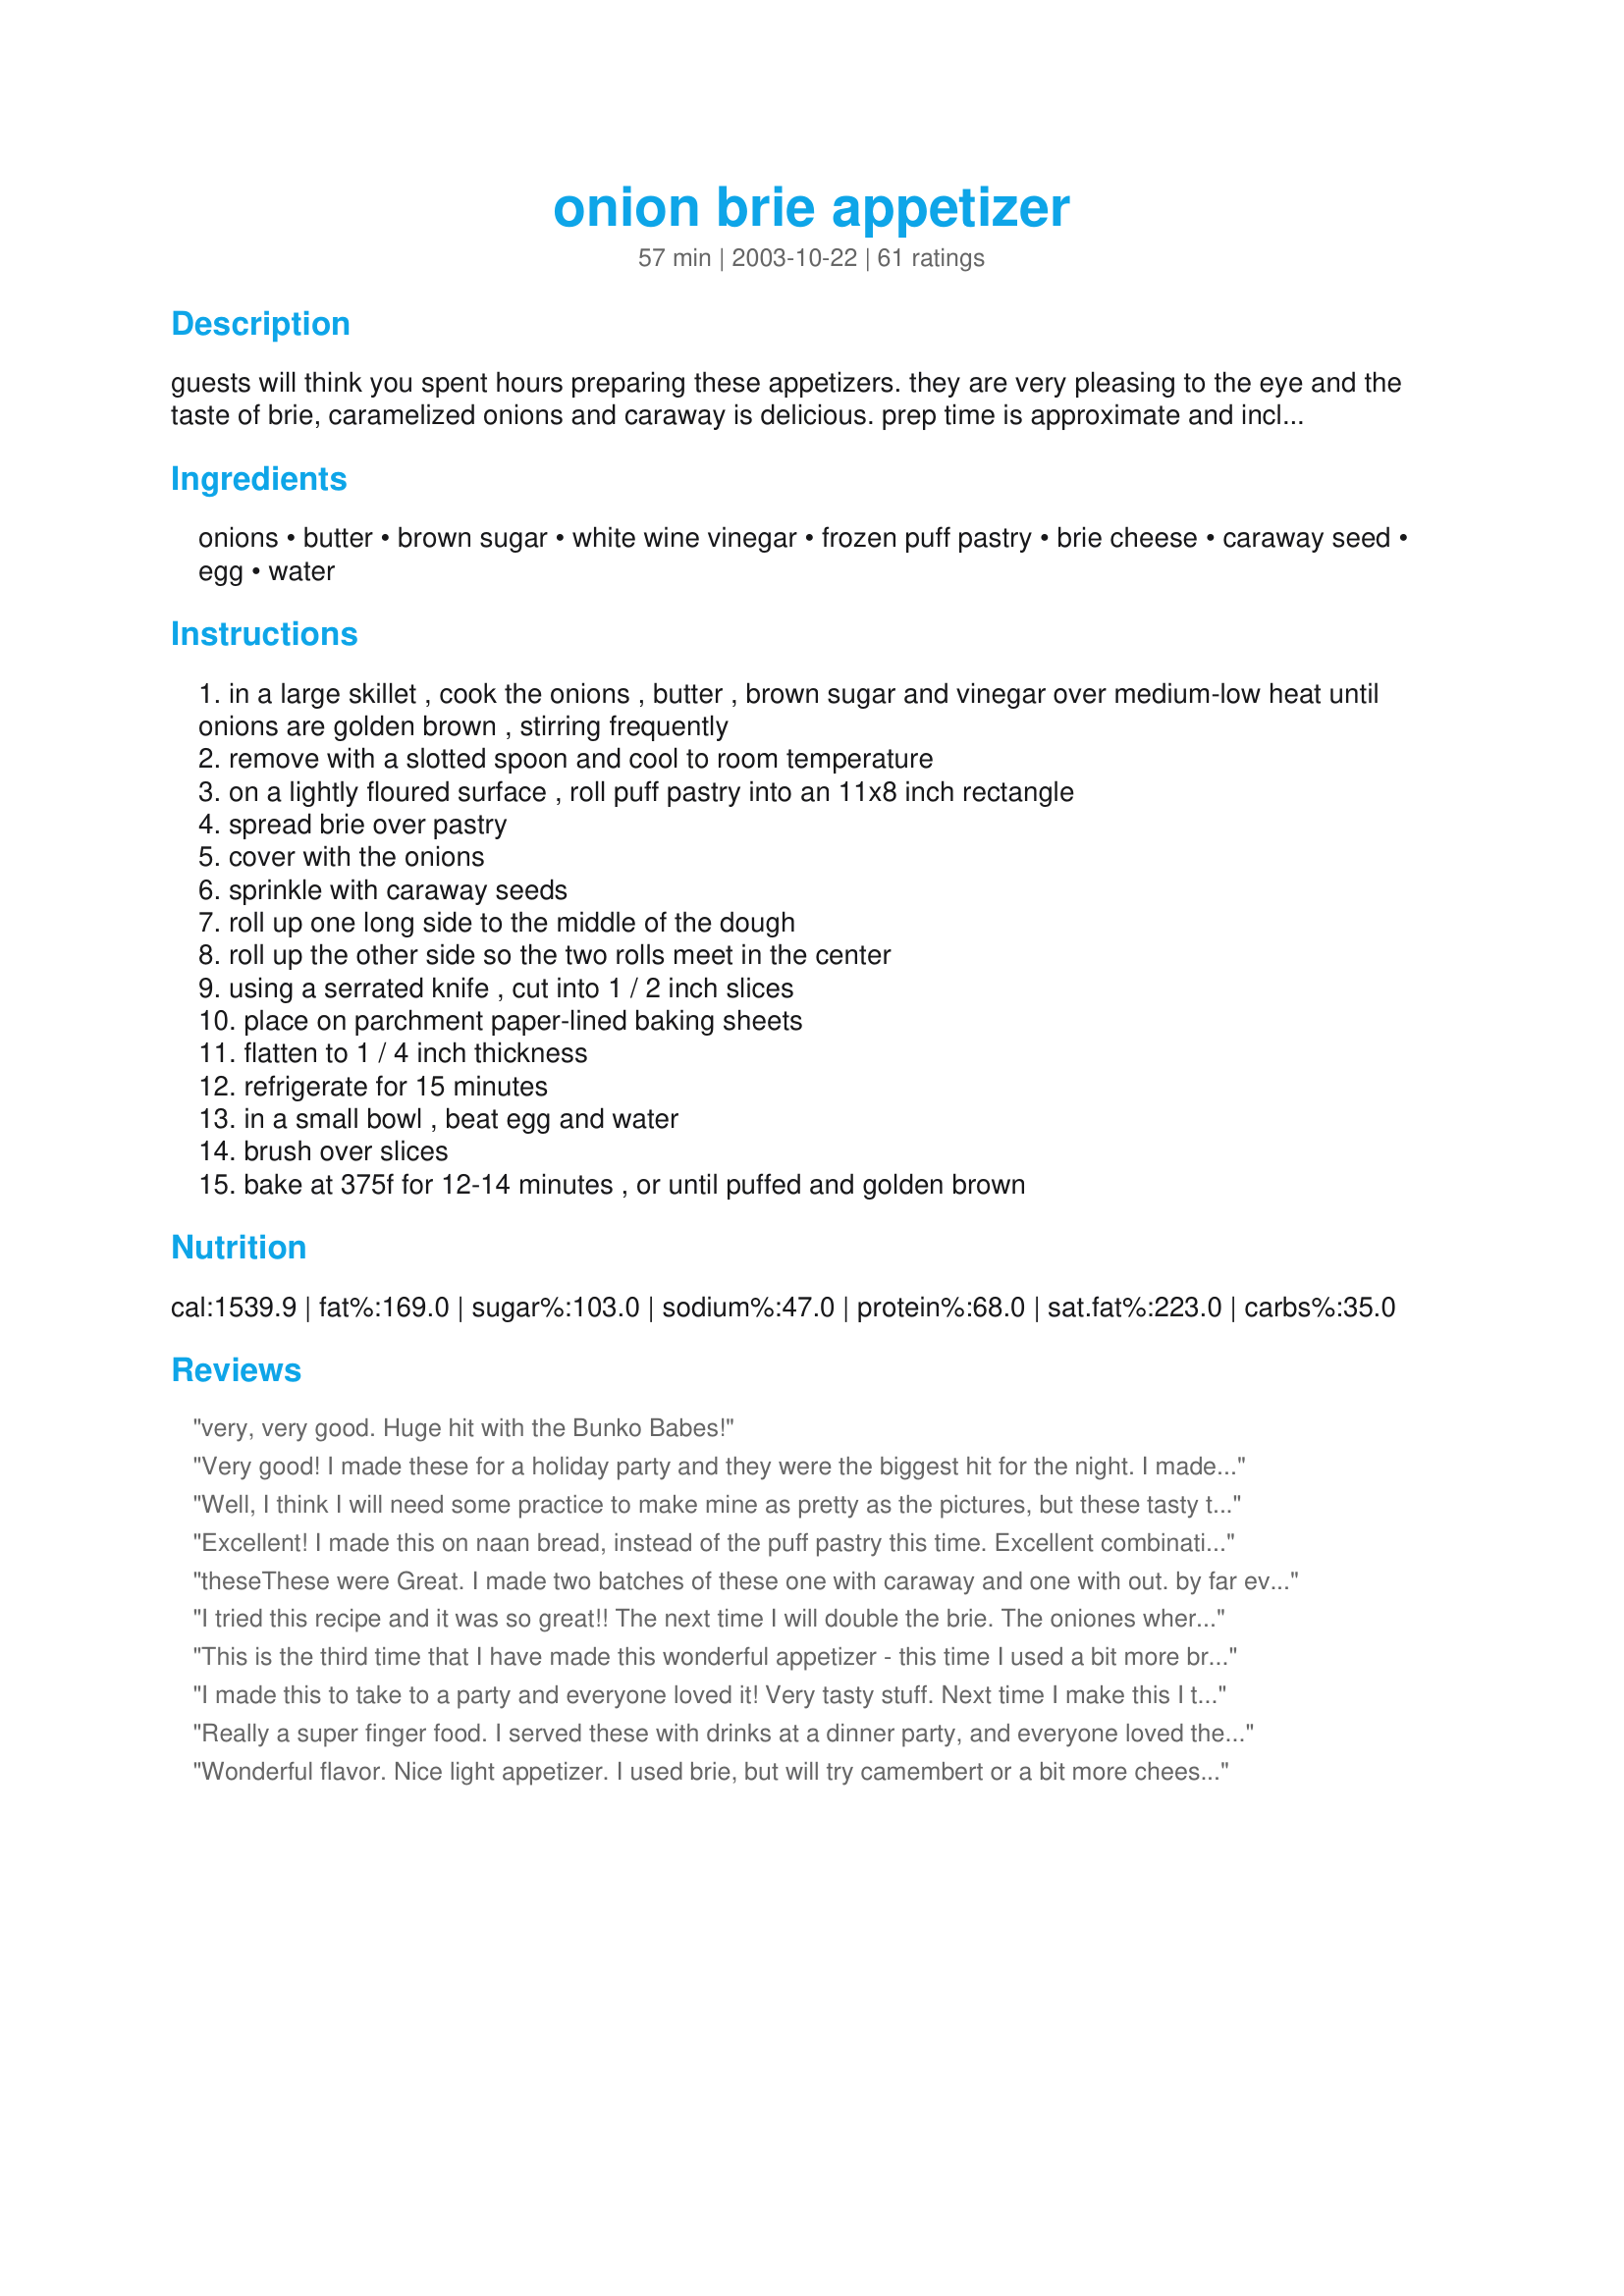
onion brie appetizer
Preparation time: 57 minutes

guests will think you spent hours preparing these appetizers. they are very pleasing to the eye and the taste of brie, caramelized onions and caraway is delicious. prep time is approximate and includes the 15 minute chill time.

Ingredients:
onions, butter, brown sugar, white wine vinegar, frozen puff pastry, brie cheese, caraway seed, egg, water

Steps:
in a large skillet , cook the onions , butter , brown sugar and vinegar over medium-low heat until onions are golden brown , stirring frequently
remove with a slotted spoon and cool to room temperature
on a lightly floured surface , roll puff pastry into an 11x8 inch rectangle
spread brie over pastry
cover with the onions
sprinkle with caraway seeds
roll up one long side to the middle of the dough
roll up the other side so the two rolls meet in the center
using a serrated knife , cut into 1 / 2 inch slices
place on parchment paper-lined baking sheets
flatten to 1 / 4 inch thickness
refrigerate for 15 minutes
in a small bowl , beat egg and water
brush over slices
bake at 375f for 12-14 minutes , or until puffed and golden brown

Reviews:
very, very good. Huge hit with the Bunko Babes!
Very good! I made these for a holiday party and they were the biggest hit for the night. I made up the rolls and kept them in the refrigerator so I could make fresh batches throughout the night. My one hint is to make sure and roll it up tight, otherwise they fall apart.
Well, I think I will need some practice to make mine as pretty as the pictures, but these tasty tarts are sure to please. Very versatile in that it would fit right in at a casual get together or a more elegant dinner. Thank you so much for sharing this!
Excellent! I made this on naan bread, instead of the puff pastry this time. Excellent combination of flavors. Everyone raved!
these<br/><br/><br/><br/>These were Great. I made two batches of these one with caraway and one with out. by far everyone liked the one with the caraway. I soften the brie in the microwave to make it spreadable.I also made these ahead of time. sliced them and froze them on a cookie sheet and then popped them into a freezer bag, so they are ready when I have guest drop in. Thanks again
I tried this recipe and it was so great!! The next time I will double the brie. The oniones where very sweet . My boyfrined thought I took all day to make them he ate the whole plate. I will be using this again.

This is the third time that I have made this wonderful appetizer - this time I used a bit more brie and again used a full pkg of Puff Pastry (295 gram) The brie, even when soft, is a bit difficult to spread so I chop it in little bits and distribute it evenly - My friends ALL enjoy this recipe5 Aug 06

As you said people will think you spent hours preparing this wonderful appeitizer - I knew we would like it so I doubled the recipe - I used a 295 gram pkg of puff pastry (this is the size that has 2 blocks in it.), 3 good sized onions, 3 tbsps of brown sugar, 1 tsp rice wine vinegar,Two 175Gram of Camembert - be generous with the caraway. I have 3 dozen going into my freezer. It is so easy, so attractive and so good Thanks Keen5 â€” Added comments - I made these again and this time I left them slightly under baked so when they are defrosted and baked they will be a perfect color. Another hint leave space between them so the heat can get between them as they puff & bake -This recipe is a regular for my Christmas appetizers Thanks again Keen5
I made this to take to a party and everyone loved it! Very tasty stuff. Next time I make this I think I will cut the dough in half and roll up and then slice and flatten so they are smaller bite sized pieces. All in all though this is a really impressive dish to make with great flavor. Great recipe keen5!
Really a super finger food. I served these with drinks at a dinner party, and everyone loved them! Loved the caramelized onions with the brie, and the attractive appearance. Thank you!
Wonderful flavor. Nice light appetizer. I used brie, but will try camembert or a bit more cheese for more flavor next time. I agree that chilling before cutting would work better. I made it for Valentine%u2019s Day, and slices can be very easily shaped to a heart. I couldn%u2019t figure out how the onions wouldn%u2019t just fall out of the dough, but it all held together through slicing, baking and serving. I will definitely use this recipe again.
These are fabulous - sweet and savory at the same time. I took these to a potluck today and they were by far the first item gone. People went back for more and more! &lt;br/&gt;&lt;br/&gt;I doubled the recipe and also tried to make them a little more bite-sized. I have a few comments on that. I ended up doing what many posters say they would do - cut the dough in half and roll them smaller. I had a problem with that in the end because there just wasn&#039;t enough dough to hold in the onions. I had to really pinch the sides together and even still, they would pop open in the oven and it would be hard to keep the filling in. I think you&#039;d have to leave them the original size if you want to keep them from falling apart. OR - I was thinking when I make these again, I might make them into those little purse things - take some dough, put the brie/Camembert, onion and caraway inside and fold the dough up and around it to make a little pocket thing that is sealed in the top. I don&#039;t know if it would work but it would keep the filling in and still have them bite-sized. Another way might be to make little puff pastry cups and fill them with the cheese, onion and seeds. I&#039;m going to have to experiment.&lt;br/&gt;&lt;br/&gt;The other issue I had was when cooking these, the filling that leaked out turned quite dark brown on the outside - so I ended up trimming off the leaked cheese and onion with kitchen shears to keep them looking neat. I tried using a knife but it was a lot harder than the shears, just in case anyone else runs into this.&lt;br/&gt;&lt;br/&gt;I will definitely make these again and experiment a little. I made the rolls a day ahead and refrigerated them until ready to cook, and that held it all together very nicely for slicing.
fantastic. easy to make. tastes great.
made these for a dinner party the other night and they were a huge success! Will be making them again for sure, and I think they would also be great with some spreadable goat/sheep cheese, or some kind of herbed cream cheese. Thanks for sharing :)
Big hit at Thanksgiving. Pre-assembled and cooked in a toaster oven so the cook didn't have to give up oven space during preparations for the feast.
Great instructions, and very good recipe. My husband dosen't even like onions and he said they were good! Thanks for posting!
these were great! my first time experimenting with puff pastry- and it was hard and mine were not anywhere near as pretty as the picture on here- but they were delicious and devoured at christmas. i used a splash of balsamic vinegar because that's what i had, and left out the caraway seeds because we don't like them. soooo delicious.
I made these for girls weekend this past weekend, and they were a great...I love the taste of the sweet carmelized onions. DH and I are going to Buffalo Bills game this weekend and tailgating, I am going to make these and shape them into "B"s. Thanks!
This was my first experience with puff pastry and I'm glad I chose this recipe. Very easy and very yummy!
Mae it for my cookie exchange brunch this weekend and these were gone in a flash! Need to buy more puff pastry because I need to make more - a lot more...
I have had lots of requests for the recipe of these little rolls after I made them for a surprise 60th birthday cocktail party for my mother in law. They were very easy and quick to make. I assembled them the morning before the party and left them in the frig until just before cutting them and putting them in the oven. They were lovely.
These are incredible. Easy to make and look great. I doubled the recipe and stacked the cookie sheets in the fridge until I baked them. I baked them through out the evening so we had some hot from the oven all night. They were a big hit. Thanks
oh my these were delicious! Bergy bought them along for appies for our dinner, I will be making them, especially over the holidays. wonderful flavour!!
This is an excellent recipe!! Easy to make and makes a beautiful presentation. And, they are absoutely delicious! Served as an appetizer at a Christmas gathering and they were a big hit with requests for the recipe. My wife is not a fan of carraway seed and suggested I leave them out. I told her several reviewers said they weren't as good without the carraway seeds though and I made them exactly according to the recipe. Even my wife admitted that the carraway was a really good addition to the mild cheese and sweet onion mixture. Used another reviewer's advice about microwaving the Brie first to make it more spreadable and that worked out real well. Also took that reviewer's advice and froze these on a cookie sheet and stored them for a couple of days before we were ready to bake and serve. We'll be making again and again. One idea we want to try with this is to add some finely minced Granny Smith apples sauteed in butter with the Brie in place of the onions & carraway. I think that would make more of a "sweet treat' vs the more savory version here. Might be a nice combo to serve. Thankks for sharing this wonderful recipe!
Our cooking club made these and froze them for Christmas. Tasty.
I reduced the size by half, slicing the puff pastry lenthwise and rolling cinnamon-roll style -- made easier by the fact that butter puff pastry here in Canada comes in 10 inch by 10 inch sheets that can easily be rolled out to 15inch by 10 inch sheets. I tried both Brie and Camembert on my family and they prefer the stronger camembert, provided that there is a lot of caraway to compliment it. The suggestion about freezing before cutting the rolls is dead on. In fact, I forgot a whole roll in the freezer, but sliced and baked it up a week later, with excellent results!
Excellent! This is so simple to make, yet looks and tastes great! I found that a sawing motion when cutting is best .. thanks for posting!
Omg. Easy and delicious! An instant hit. Thanks!
This recipe was fabulous! There were only 3 of us so I figured I'd have leftovers but I was wrong! They were pretty easy to make and looked perfect after baking. I didn't use the caraway (which I love), but my two guests didn't. The only comment was maybe a little more brie would have been nice... I'll try that next time... and make 2 batches, 1 with the caraway and 1 without.
I made this app 3 years ago for Thanksgiving and have been requested to make this dish every year since! It is sooooo delicious and looks beautiful. I add more cheese, almost doubling what the original recipe calls for and I usually use camembert. Seriously, these apps are worth it!
This was so GOOD. Very easy and it looks like you worked for hours. Everybody loved them. Thank you.
These just didn't turn out for me. The taste was good tho!
I've made these on a couple of occasions now, and they've always gone down a treat. Tasty, not hard to make and impressive to guests - love it. I may well try them with red onions next time, just for the additional colour, though I'm not sure if they'll caramelise as nicely. Thanks for posting.
Fabulous, fabulous! These were easy, beautiful, delicious, elegant, and quick. A perfect recipe. Thank you for sharing!
Fantastic and easy to make. I froze the rolls before slicing, and they took a few extra minutes in the oven to cook because I also had two turkeys in there. They turned out great and were devoured instantly. I have now made these several times since I originally posted this review. Refrigerated cressent rolls work well instead of frozen puff pastry, which saves me a bunch of money. Just pinch the seams together and roll to the proper size.
This is excellent. I would make 2 changes. It takes 30 minutes to carmelize the onions and bake at 400 degrees.
I made this for a new Bon Apetit group and they all enjoyed and have asked for the recipe. Based on what other comments said, I microwaved the brie for about 20-25 seconds which made it 'spreadable'. Hope that tip helps. I also used vidalia onions and I think I'll use a sharper onion next time for a more savory taste. This was a little sweet, but still very tasty.
these were so good and so easy to make yet very impressive looking. I&#039;ve made them twice already! and i live in Ireland at the moment where a wedge of Brie is only $1.00!!! so it&#039;s a bargain appetizer!
These are really quite nice. I used camembert cheese and red onions. Love the flavour of the caraway seeds. My guests enjoyed them.
Wonderful! These are 5+ stars!!
Thanks for sharing!!
I will be making these again for sure!
Delicious! Enjoyed by everyone at the party. I left the puff pastry flat instead of rolling it but that was the only change I made. Will definitely make this again and again. Thanks for sharing!
This turned out to be a rather simple yet tasty appetizer. I made up a batch to take to a party and a lot of people came up to me to ask me what was in it. A few notes for when I make it again - I bought an expensive french brie only to realize I cannot stand its smell. So I will either use a blander American brie or some other kind of cheese. I thought the caramelized onions (2 largish and 3 tsp sugar) could use a touch of salt and spice to be more savory instead of sweet. The caraway seeds were perfect in this dish, be generous. I rolled out a 9.5 sq of pastry into a rectangle, froze for 30 min before cutting. It helps to roll tightly. I lined my sheet with foil, but they stuck. So use either parchment or grease the foil. I also forgot the egg wash - it was fine. Thanks, keen5 for this excellent recipe!
This was so unsual, I knew it would be either wonderful or terrible. It was DELICIOUS! I ended up chopping the brie into tiny cubes VS "spreading" as the recipe said. Don't skimp on the caraway seeds !
These were very good, easy to make and looked elegant for our New Years Eve celebration. Followed the recipe exactly as written. I will definitely make these again. The Husband discovered that if you place the cut pieces on the cookie sheet, then press with the palm in place, their presentation is improved.
Tasty and easy to make! Made these for a holiday party- they were gone fairly quickly!
Simply wonderful! I made these for a holiday party and got rave reviews, everyone wanted the recipe! Thanks for a easy, elegant and quick to make appetizer to impress!
these were great and i can't belive i forgot to review! i have made these 2 different ways but both the the creme brie, which is easily spreadable even when cold. the first time, i made these with the pillsbury crescent sheet dough in place of the puff pastry and another time i used multi grain tortillas and just made pinwheels out of them. both ways were fantastic. thanks for posting this yummy keeper!!
This is one of the best appetizers I've ever made! They look amazing and taste incredible - it's the caraway seeds that give it a real unique flavour...everyone at the party loved them. Thanks, keen5, for sharing your recipe. (I took some 'beginning to end' photos to show the process. Fun!)
These are FABULOUS!! I will make these again and again!
Fantastic! You can't go wrong with brie, onions and puffed pastry!!! I served it as an appetizer and everyone loved it! The caraway seeds are the perfect touch of flavor. Will do again! Thanks.
I made this for christmas eve last year and forgot to review it. the only mistake I made was waiting to long to make them and was finishing them while we had guest, but it was worth it when they kept eating eating them as they came out of the oven. They burned their mouths a few times but that did not stop them.
Delicious! Do not leave out the caraway seeds, they really complete the appetizers. The only suggestion I would have would be to put a little sea salt on top to give it a sweet and salty contrast.
These little rolls were delicious! They are great out of the oven and at room temp. I also cut the puff pastry in half and made twice as many bite sized pieces. Only variation for me was that I fried a few pieces of bacon first and fried the onions in the bacon grease instead of the butter. Then I crumbled the bacon into the onion mixture when the onions were caramalized. Thanks for the great recipe.
I had a lot of difficulty rolling, cutting, and transferring these morsels, but am I ever glad I stuck with it! They were terrific. After I mangled the first several, I decided to wrap the roll in saran and let it sit in the freezer for 20 mins. to firm up. That worked well and the rest looked almost as pretty as the picture! I will surely make these again, many times over. Thanks for a real treat.
I had a last minute snaffu with the puff pastry had to improvise. I used a roll of Pillsbury Grands biscuits. They were great!
Made these for Christmas parties this year. I took the advice of another reviewer and froze them before trying to cut - it worked out great. This also works out well if you want to make them and bake later. I baked half for a party and saved the other roll in the freezer for another party. They just take a few minutes longer to bake if frozen.
Made this for our New Year's Eve get together and it was everyone's favorite at the table. The first thing gone. I was really surprised at how easy it was to put together for such a great result. Love the combo of onions and brie. This will be repeated many times I can tell. I had to print several recipes at guest request.
After all the reviews, I expected more. I served them twice, and each time the reactions were mixed. Some people loved them. Others thought they needed more flavor. I personally thought they were short on the brie and heavy on the pastry. But nonetheless, they looked impressive and people were amazed that they were homemade.
These were OK for us. I used Brie cheese. They are exceedingly rich, and so a little goes a long way.
Amazing. Thanks so much for this recipe. I made these for apps on Thanksgiving. It was a hit. I will def. make these again!
I'm going to make them with a little curry and roast beef instead of vinegar. Similar to a Beef Tenderloin recipe with carmalized onions and a sauce of olive oil, curry and brown sugar. I'll be intouch!!
These were wonderful. I brought them to a baby shower this weekend and everyone loved them! This is an easy recipe and has outstanding results...a definite keeper. Thank you!
